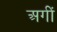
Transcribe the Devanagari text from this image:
अगीं